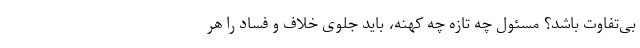
بی‌تفاوت باشد؟ مسئول چه تازه چه کهنه، باید جلوی خلاف و فساد را هر